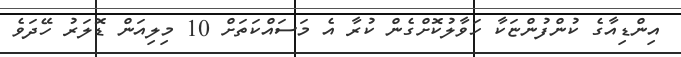
އިންޑިއާގެ ކުންފުންޏަކާ ހަވާލުކޮށްގެން ކުރާ އެ މަސައްކަތަށް 10 މިލިއަން ޑޮލަރު ހޭދަވެ